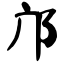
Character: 邝